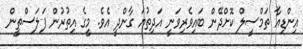
އިންޑިއާ ތަމްސީލް ކޮށްދޭން ބައިވެރިވަނީ އަދިތުޔަ ގާންދީ އެވެ. މީގެ އިތުރުން ފަލަސްތީން